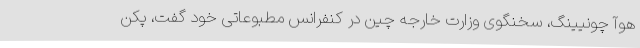
هوآ چونیینگ، سخنگوی وزارت خارجه چین در کنفرانس مطبوعاتی خود گفت، پکن